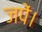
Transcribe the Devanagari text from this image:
जपें।